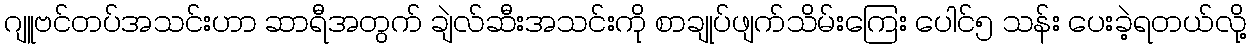
ဂျူဗင်တပ်အသင်းဟာ ဆာရီအတွက် ချဲလ်ဆီးအသင်းကို စာချုပ်ဖျက်သိမ်းကြေး ပေါင်၅ သန်း ပေးခဲ့ရတယ်လို့